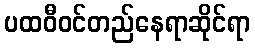
ပထဝီဝင်တည်နေရာဆိုင်ရာ